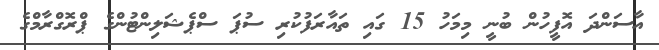
އާސަންދަ އޮފީހުން ބުނީ މިމަހު 15 ގައި ތައާރަފުކުރި ސުޕަ ސްޕެޝަލިންޓުންގެ ޕްރޮގްރާމްގެ